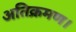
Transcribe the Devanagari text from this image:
अतिक्रमण।